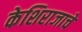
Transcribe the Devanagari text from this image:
केशिराजाचे